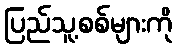
ပြည်သူ့စစ်များကို